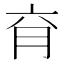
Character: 𰗄